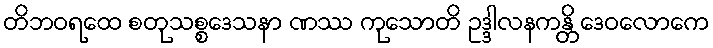
တိဘဝရထေ စတုသစ္စဒေသနာ ဏဿ ကုသောတိ ဥဒ္ဒါလနကန္တိ ဒေဝလောကေ